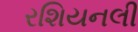
રશિયનલી